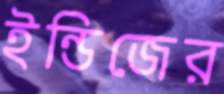
ইন্ডিজের